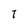
Character: 7